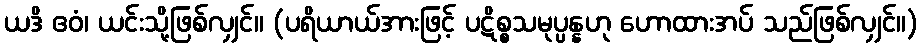
ယဒိ ဧဝံ၊ ယင်းသို့ဖြစ်လျှင်။ (ပရိယာယ်အားဖြင့် ပဋိစ္စသမုပ္ပန္နဟု ဟောထားအပ် သည်ဖြစ်လျှင်။)